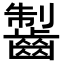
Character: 𪘥